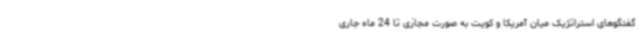
گفتگوهای استراتژیک میان آمریکا و کویت به صورت مجازی تا 24 ماه جاری